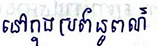
នៅក្នុងប្រព័ន្ធពណ៌